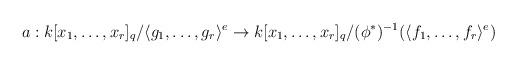
LaTeX: \begin{align*}a: k[x_1, \ldots, x_r]_q/\langle g_1, \ldots, g_r \rangle^e \to k[x_1, \ldots, x_r]_q/ (\phi^*)^{-1} (\langle f_1,\ldots, f_r \rangle^e) \end{align*}